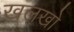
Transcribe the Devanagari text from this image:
खलखो